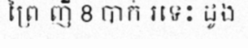
ព្រៃ ញី 8 បាក់ រទេះ ដូង